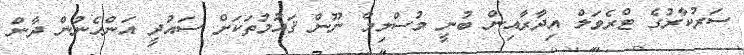
ސަރުކާރުގެ ޓްރެވަލް އިދާރާއިން ބުނީ މުސްލިމް ނޫން ޤައުމުތަކަށް ސައުދީ އަންހެނުން ދާން